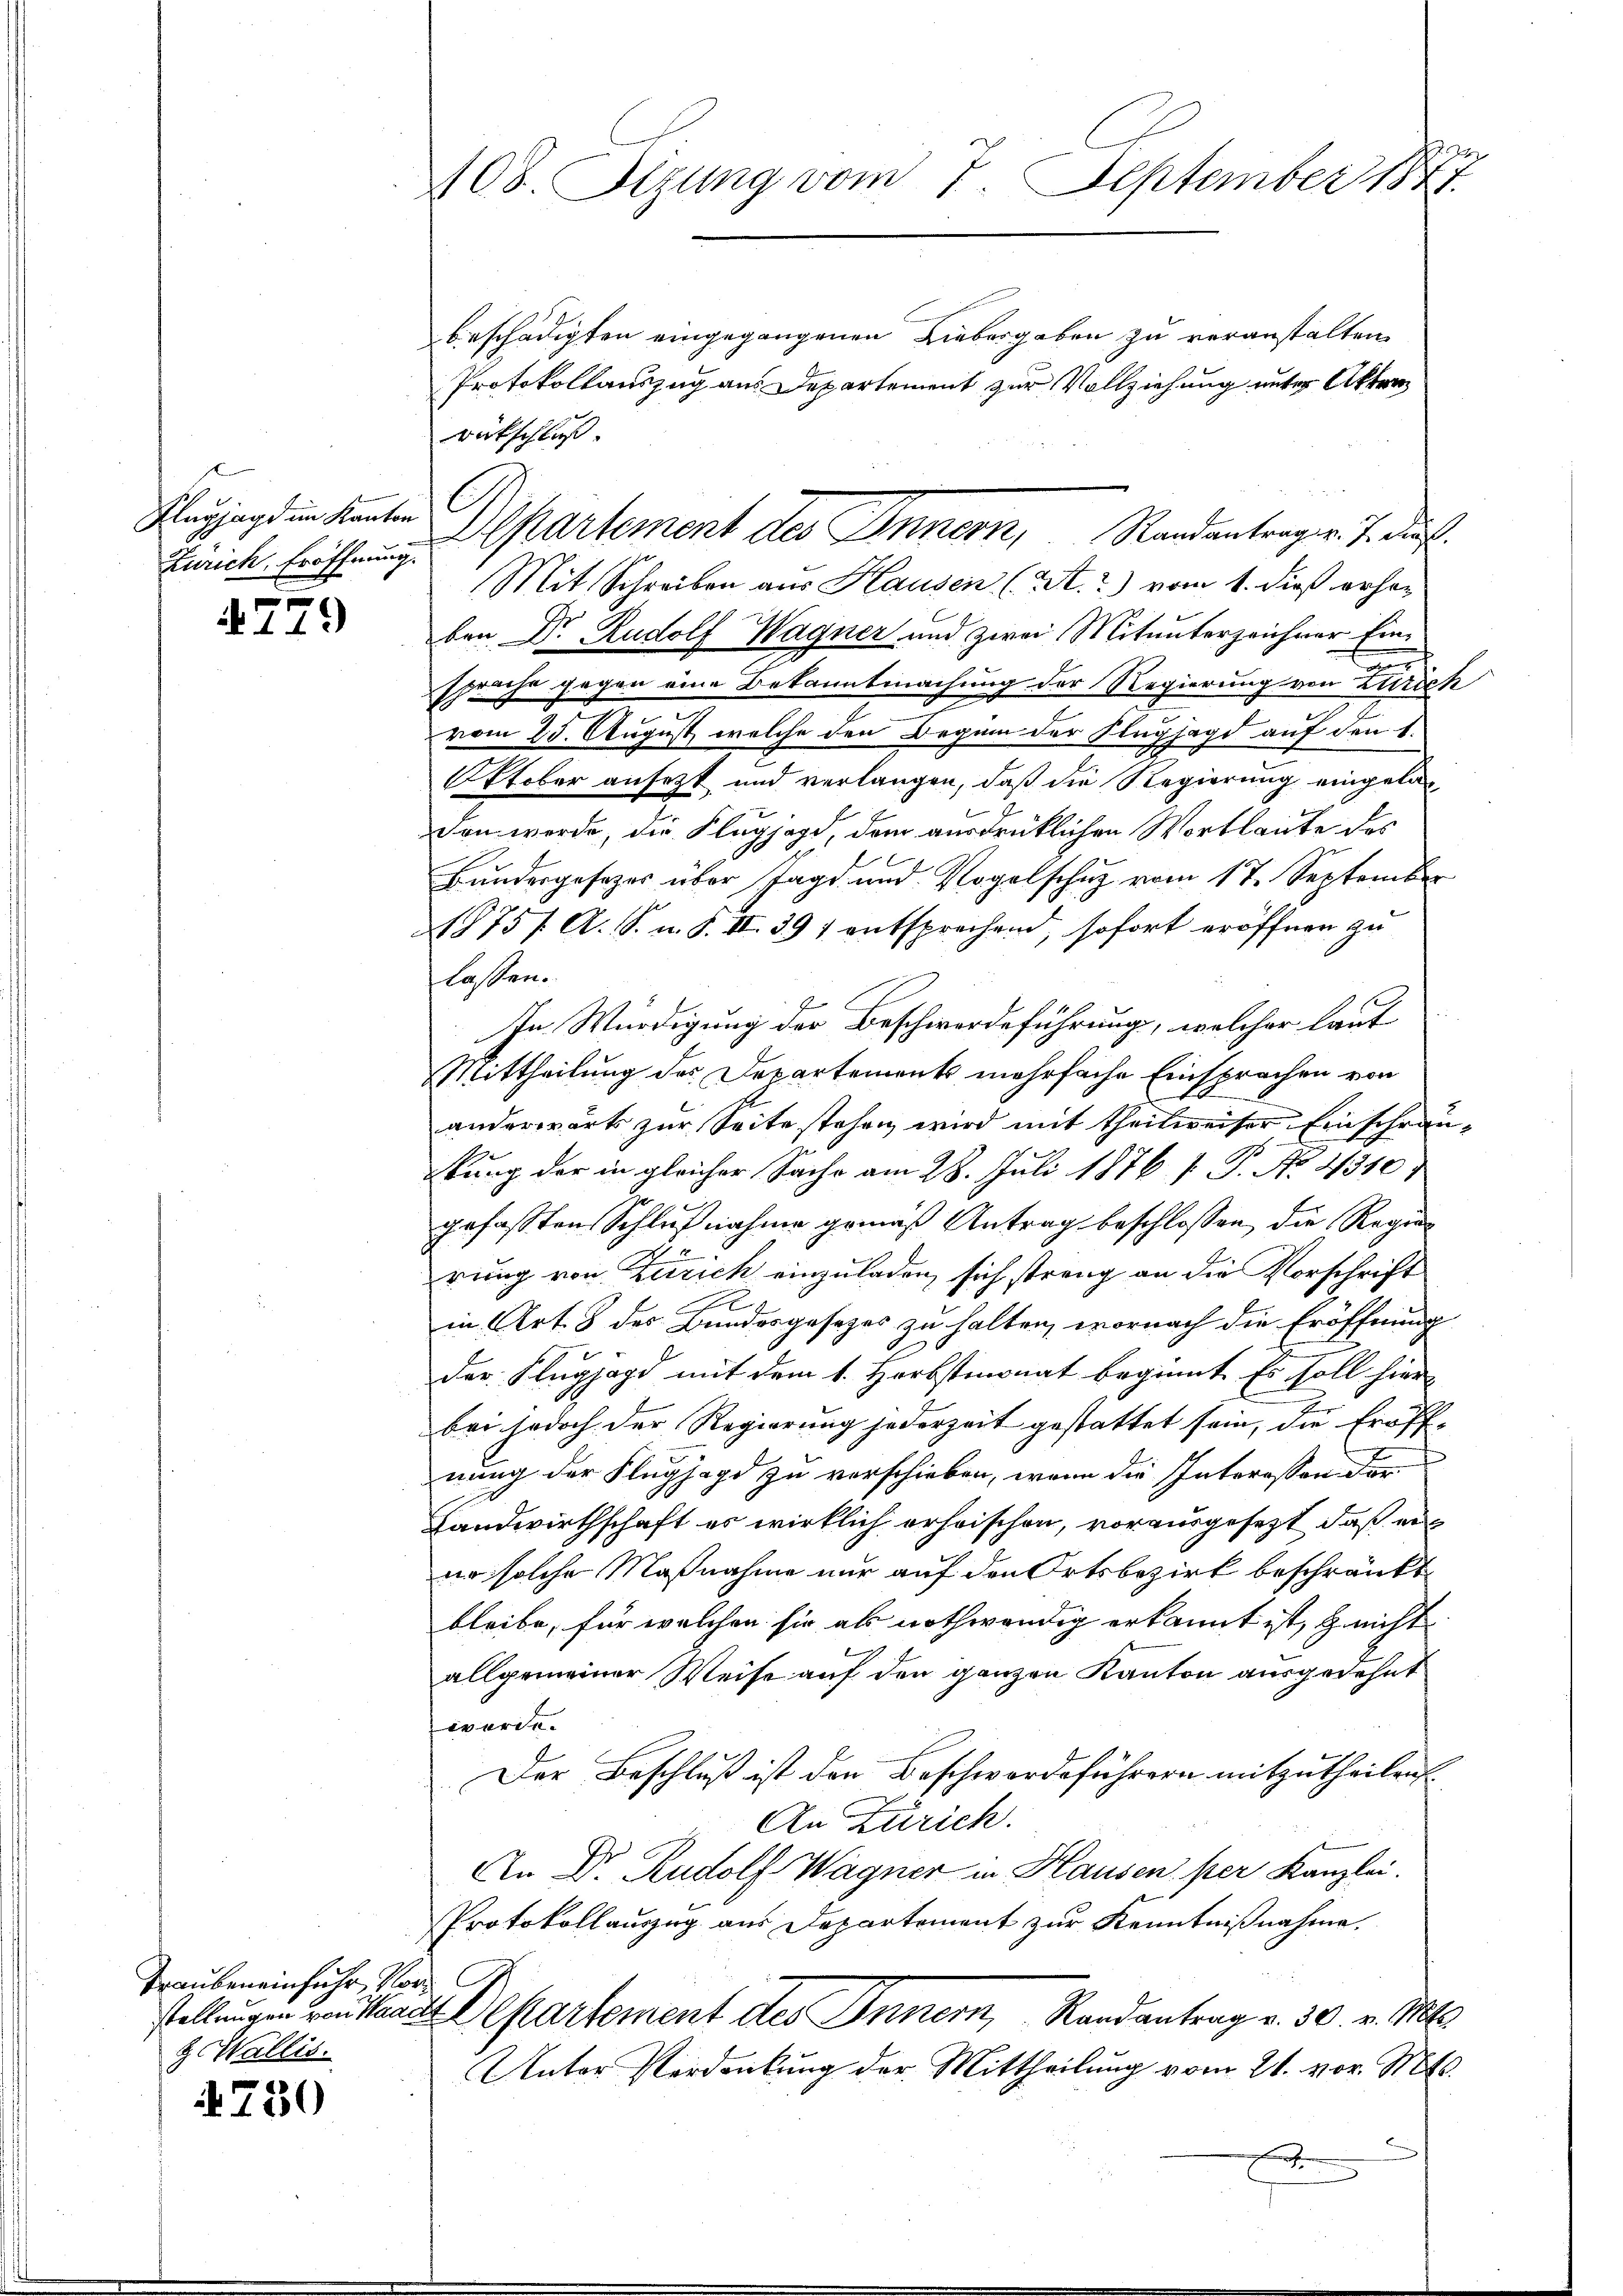
Flugjagd im Kanton
Zürich, Eröffnung.

779

Trauben einfuhr, Vor¬
& Wallis.

4730

2
108. Stzung vom 7. September 1847.

beschädigten eingegangenen Liebergeben zu veranstalten
Protokollauszug aus Departement zur Vollziehung unter Akten
rückschluß.
Mit Schreiben aus Hausen (St.2) vom 1. dieß erhoben Dr. Rudolf Wagner und zwei Mitunterzeichner Ein¬
.
sprache gegen eine Bekanntmachung der Regierung von Zürich
u
vom 25. August, welche den Beginn der Flugjagd auf den 1.
Oktober ansetzt und verlangen, daß die Regierung eingeladen werde, die Flugjagd, dem ausdrücklichen Wortlaute des
Bandergesezes über Jagd- und Vogelschuz vom 17. September
1875 / A. S. u. S. II. 397 entsprechend, sofort eröffnen zu
lassen.
2
In Würdigung der Beschwerdeführung, welcher laut
Mittheilung des Departements mehrfache Einsprachen von
anderwärts zur Seite stehen wird mit theilweiser Einschränbung der in gleicher Sache am 28. Juli 1876 [ P. No. 4310
gefaßten Schlußnahme gemäß Antrag beschlossen, die Regier
rung von Zürich einzuladen, sich streng an die Vorschrift
in Art. 8 des Bundesgesezes zu halten, wornach die Eröffnung
der Flugjagd mit dem 1. Herbstmonat beginnt. Es soll hier
bei jedoch der Regierung jederzeit gestattet sein, die Eröff-
nung der Flugjagd zu verschieben, wenn die Interessen der¬
Landwirthschaft es wirklich erheischen, vorausgesezt, daß erer solche Maßnahme nur auf den Ortsbezirk beschränkt
bleibe, für welchen sie als nothwendig erkannt ist, nicht
l
allgemeiner Weise auf den ganzen Kanton ausgedehnt
werde.
Der Beschluß ist den Beschwerdeführern mitzutheilen.
An Zürich.
An Dr. Rudolf Wagner in Hausen per Kanzlei.
Protokollauszug aus Departement zur Kenntnißnahme.
stellungen von staates Departement des Innern, Randantrag v. 30. v. Mts.
Unter Verdankung der Mittheilung vom 21. vor. Mts.
F

Departement des Innern, Randantragen. J. darf.